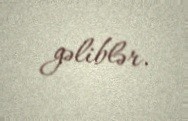
gəliblər.